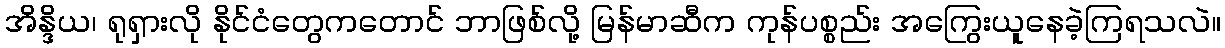
အိန္ဒိယ၊ ရုရှားလို နိုင်ငံတွေကတောင် ဘာဖြစ်လို့ မြန်မာဆီက ကုန်ပစ္စည်း အကြွေးယူနေခဲ့ကြရသလဲ။